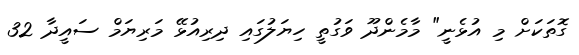
ގޮތަކަށް މި އުޅެނީ" މާމެންދޫ ވަގުތީ ހިޔަލުގައި ދިރިއުޅޭ މަރިޔަމް ސައީދާ 32